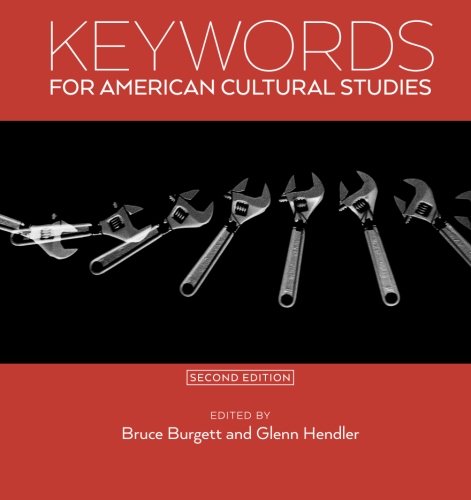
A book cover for Keywords for American Cultural Studies, Second Edition; Literature & Fiction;